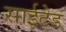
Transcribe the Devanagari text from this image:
साईटेड